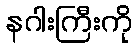
နဂါးကြီးကို